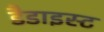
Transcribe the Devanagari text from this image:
डैडाइस्ट